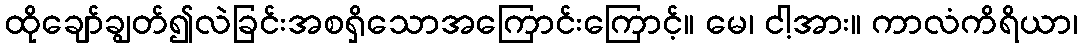
ထိုချော်ချွတ်၍လဲခြင်းအစရှိသောအကြောင်းကြောင့်။ မေ၊ ငါ့အား။ ကာလံကိရိယာ၊